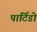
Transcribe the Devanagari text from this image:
पार्टिडो